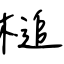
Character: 槌